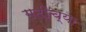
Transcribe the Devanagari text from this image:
गढीच्या